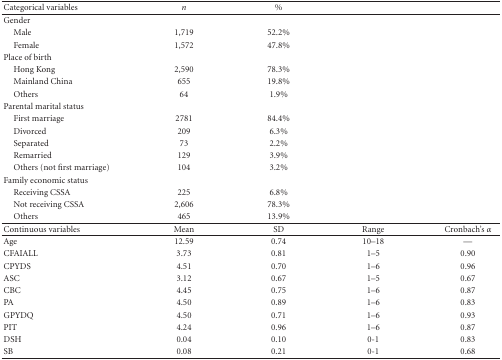
<table><thead><tr><td><b>Categorical variables</b></td><td><b><i>n</i></b></td><td><b>%</b></td><td></td><td></td></tr></thead><tbody><tr><td>Gender</td><td></td><td></td><td></td><td></td></tr><tr><td> Male</td><td>1,719</td><td>52.2%</td><td></td><td></td></tr><tr><td> Female</td><td>1,572</td><td>47.8%</td><td></td><td></td></tr><tr><td>Place of birth</td><td></td><td></td><td></td><td></td></tr><tr><td> Hong Kong</td><td>2,590</td><td>78.3%</td><td></td><td></td></tr><tr><td> Mainland China</td><td>655</td><td>19.8%</td><td></td><td></td></tr><tr><td> Others</td><td>64</td><td>1.9%</td><td></td><td></td></tr><tr><td>Parental marital status</td><td></td><td></td><td></td></tr><tr><td> First marriage</td><td>2781</td><td>84.4%</td><td></td></tr><tr><td> Divorced</td><td>209</td><td>6.3%</td><td></td></tr><tr><td> Separated</td><td>73</td><td>2.2%</td><td></td></tr><tr><td> Remarried</td><td>129</td><td>3.9%</td><td></td></tr><tr><td> Others (not first marriage)</td><td>104</td><td>3.2%</td><td></td></tr><tr><td>Family economic status</td><td></td><td></td><td></td><td></td></tr><tr><td> Receiving CSSA</td><td>225</td><td>6.8%</td><td></td><td></td></tr><tr><td> Not receiving CSSA</td><td>2,606</td><td>78.3%</td><td></td><td></td></tr><tr><td> Others</td><td>465</td><td>13.9%</td><td></td><td></td></tr><tr><td>Continuous variables</td><td>Mean</td><td>SD</td><td>Range</td><td> Cronbach&#x27;s <i>α</i></td></tr><tr><td>Age</td><td>12.59</td><td>0.74</td><td>10–18</td><td>—</td></tr><tr><td>CFAIALL</td><td>3.73</td><td>0.81</td><td>1–5</td><td>0.90</td></tr><tr><td>CPYDS</td><td>4.51</td><td>0.70</td><td>1–6</td><td>0.96</td></tr><tr><td>ASC</td><td>3.12</td><td>0.67</td><td>1–5</td><td>0.67</td></tr><tr><td>CBC</td><td>4.45</td><td>0.75</td><td>1–6</td><td>0.87</td></tr><tr><td>PA</td><td>4.50</td><td>0.89</td><td>1–6</td><td>0.83</td></tr><tr><td>GPYDQ</td><td>4.50</td><td>0.71</td><td>1–6</td><td>0.93</td></tr><tr><td>PIT</td><td>4.24</td><td>0.96</td><td>1–6</td><td>0.87</td></tr><tr><td>DSH</td><td>0.04</td><td>0.10</td><td>0-1</td><td>0.83</td></tr><tr><td>SB</td><td>0.08</td><td>0.21</td><td>0-1</td><td>0.68</td></tr></tbody></table>